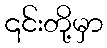
၎င်းတို့မှာ